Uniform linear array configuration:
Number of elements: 12
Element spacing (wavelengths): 0.25
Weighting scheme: cosine
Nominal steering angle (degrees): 30
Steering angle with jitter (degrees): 28.688
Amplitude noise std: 0.05
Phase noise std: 0.05

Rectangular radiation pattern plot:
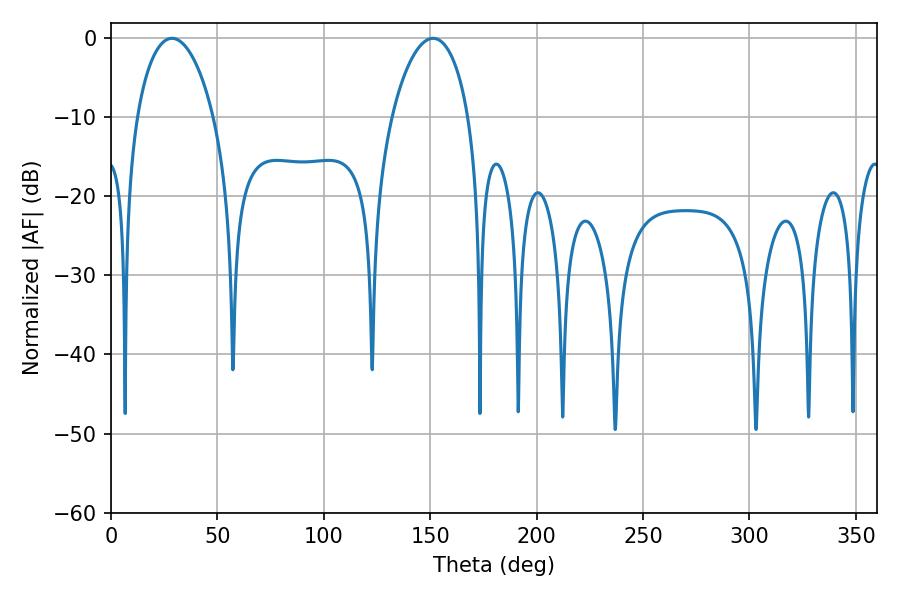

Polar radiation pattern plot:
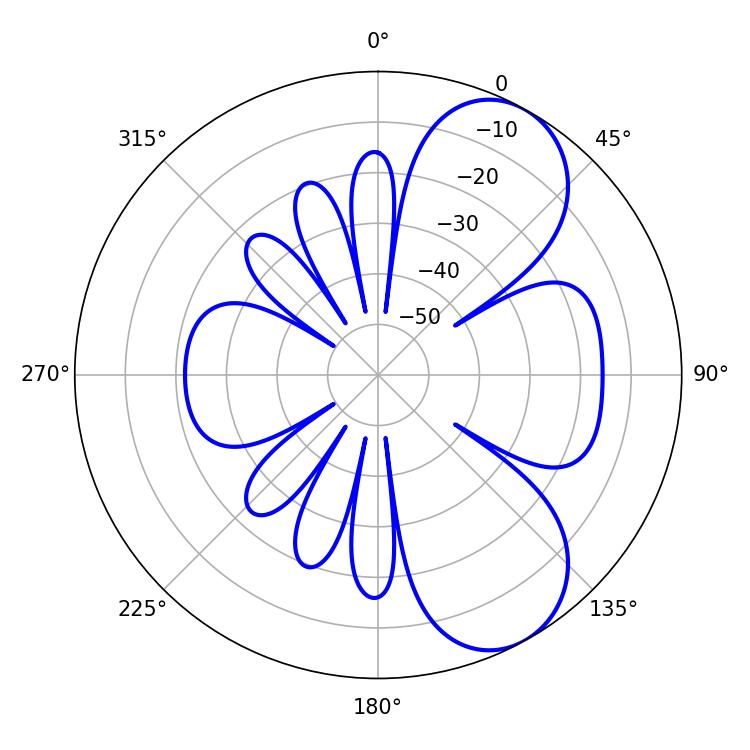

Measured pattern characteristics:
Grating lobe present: FALSE
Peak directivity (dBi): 7.205
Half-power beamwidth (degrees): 20.52
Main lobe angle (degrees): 28.62